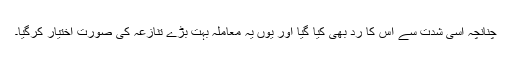
چنانچہ اسی شدت سے اس کا رد بھی کیا گیا اور یوں یہ معاملہ بہت بڑے تنازعہ کی صورت اختیار کرگیا۔